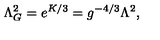
\Lambda _ { G } ^ { 2 } = e ^ { K / 3 } = g ^ { - 4 / 3 } \Lambda ^ { 2 } ,